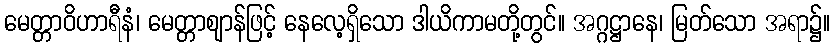
မေတ္တာဝိဟာရီနံ၊ မေတ္တာဈာန်ဖြင့် နေလေ့ရှိသော ဒါယိကာမတို့တွင်။ အဂ္ဂဋ္ဌာနေ၊ မြတ်သော အရာ၌။